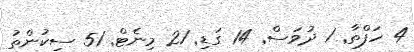
4 ހަފްތާ